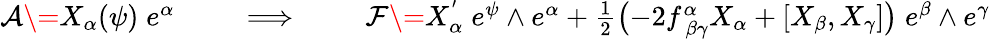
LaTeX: \begin{array}{r}{\mathcal{A}\= X_{\alpha}(\psi)\; e^{\alpha}\qquad\implies\qquad\mathcal{F}\= X_{\alpha}^{'}\; e^{\psi}\wedge e^{\alpha}+\frac{1}{2}\bigl(-2f_{\ \beta\gamma}^{\alpha}X_{\alpha}+[X_{\beta},X_{\gamma}]\bigr)\; e^{\beta}\wedge e^{\gamma}}\end{array}